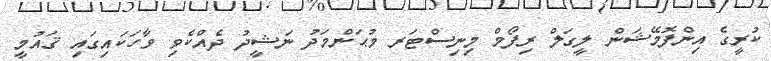
ކުރީގެ އިންފޮމޭޝަން ލީގަލް ރިފޯމް މިނިސްޓަރ މުޙަންމަދު ނަޝީދު ދެއްކެވި ވާހަކައިގައި ޤައުމީ